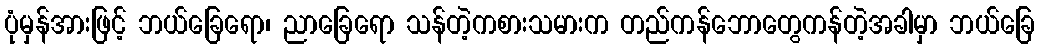
ပုံမှန်အားဖြင့် ဘယ်ခြေရော၊ ညာခြေရော သန်တဲ့ကစားသမားက တည်ကန်ဘောတွေကန်တဲ့အခါမှာ ဘယ်ခြေ